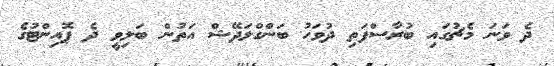
ދެ ވަނަ މެޗުގައި ބުރާސްފަތި ދުވަހު ބަންގްލަދޭޝް އަތުން ބަލިވީ ދެ ޕޮއިންޓުގެ